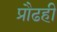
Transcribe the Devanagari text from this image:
प्रौढही